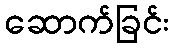
ဆောက်ခြင်း